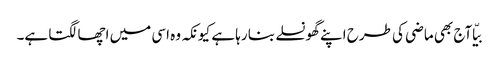
بیّا آج بھی ماضی کی طرح اپنے گھونسلے بنا رہا ہے کیونکہ وہ اسی میں اچھا لگتا ہے۔